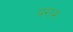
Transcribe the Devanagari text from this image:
बराम